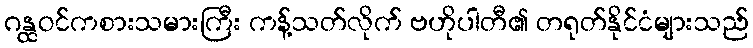
ဂန္ထဝင်ကစားသမားကြီး ကန့်သတ်လိုက် ဗဟိုပါတီ၏ တရုတ်နိုင်ငံများသည်